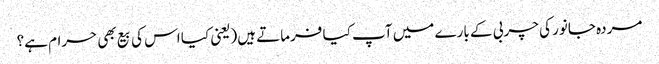
مردہ جانور کی چربی کے بارے میں آپ کیا فرماتے ہیں(یعنی کیا اس کی بیع بھی حرام ہے؟